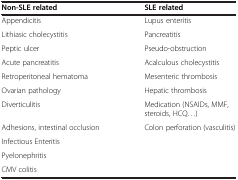
<table><thead><tr><td><b>Non-SLE related</b></td><td><b>SLE related</b></td></tr></thead><tbody><tr><td>Appendicitis</td><td>Lupus enteritis</td></tr><tr><td>Lithiasic cholecystitis</td><td>Pancreatitis</td></tr><tr><td>Peptic ulcer</td><td>Pseudo-obstruction</td></tr><tr><td>Acute pancreatitis</td><td>Acalculous cholecystitis</td></tr><tr><td>Retroperitoneal hematoma</td><td>Mesenteric thrombosis</td></tr><tr><td>Ovarian pathology</td><td>Hepatic thrombosis</td></tr><tr><td>Diverticulitis</td><td>Medication (NSAIDs, MMF, steroids, HCQ...)</td></tr><tr><td>Adhesions, intestinal occlusion</td><td>Colon perforation (vasculitis)</td></tr><tr><td>Infectious Enteritis</td><td> </td></tr><tr><td>Pyelonephritis</td><td> </td></tr><tr><td>CMV colitis</td><td> </td></tr></tbody></table>